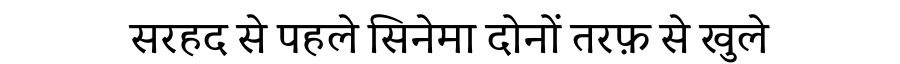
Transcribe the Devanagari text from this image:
सरहद से पहले सिनेमा दोनों तरफ़ से खुले